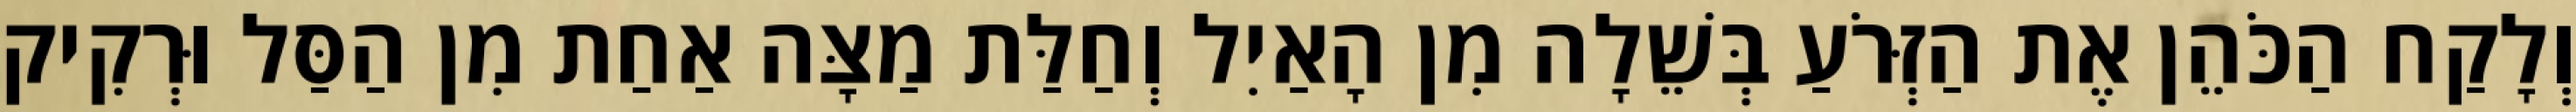
וְלָקַח הַכֹּהֵן אֶת הַזְּרֹעַ בְּשֵׁלָה מִן הָאַיִל וְחַלַּת מַצָּה אַחַת מִן הַסַּל וּרְקִיק